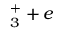
_ 3 ^ { + } + e